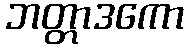
ဘတ္တာဒကော